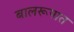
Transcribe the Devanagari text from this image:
बालरूपात